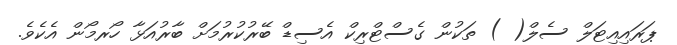
ޕަރައިއިޓަލް ސެލް( ) ތަކުން ގެސްޓްރިކް އެސިޑް ބޭރުކުރުމަށް ބާރުއަޅާ ހޯރމޯން އެކެވެ.